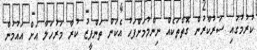
ކުރުމުގައި ސަރުކާރުން ގޮތްތަކެއް ނިންމުމަށްފަހު އެކަން ތަންފީޒު ކުރާ މަރުހަލާ އަށް އައުމުން